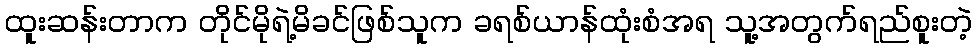
ထူးဆန်းတာက တိုင်မိုရဲ့မိခင်ဖြစ်သူက ခရစ်ယာန်ထုံးစံအရ သူ့အတွက်ရည်စူးတဲ့